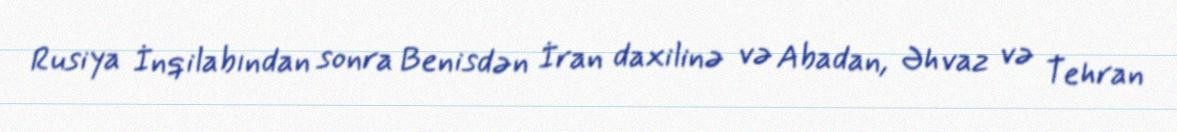
Rusiya İnqilabından sonra Benisdən İran daxilinə və Abadan, Əhvaz və Tehran